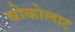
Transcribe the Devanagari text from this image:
चोकोलाट